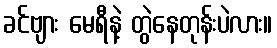
ခင်ဗျား မေရီနဲ့ တွဲနေတုန်းပဲလား။